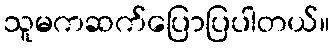
သူမကဆက်ပြောပြပါတယ်။